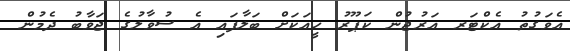
އެވަގުތު އެކްޓަރ އަރުޖުން ކަޕޫރު ހީއަކަށް ބަލާފައި އެ ސުވާލުގެ ޖަވާބު ދެމުން